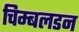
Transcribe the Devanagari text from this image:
चिम्बलडन